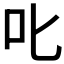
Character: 𫜸